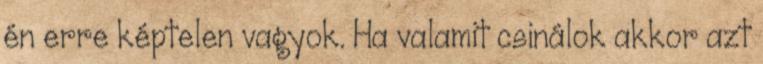
én erre képtelen vagyok. Ha valamit csinálok akkor azt